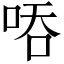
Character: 㖔